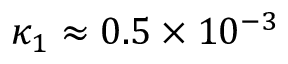
\kappa _ { 1 } \approx 0 . 5 \times 1 0 ^ { - 3 }